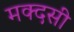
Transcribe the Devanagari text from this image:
मक्दसी